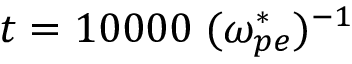
t = 1 0 0 0 0 \; ( \omega _ { p e } ^ { * } ) ^ { - 1 }